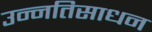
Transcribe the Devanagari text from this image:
उन्नतिसाधन